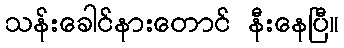
သန်းခေါင်နားတောင် နီးနေပြီ။